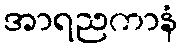
အာရညကာနံ